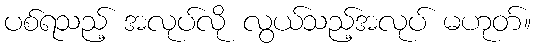
ပစ်ရသည့် အလုပ်လို လွယ်သည့်အလုပ် မဟုတ်။